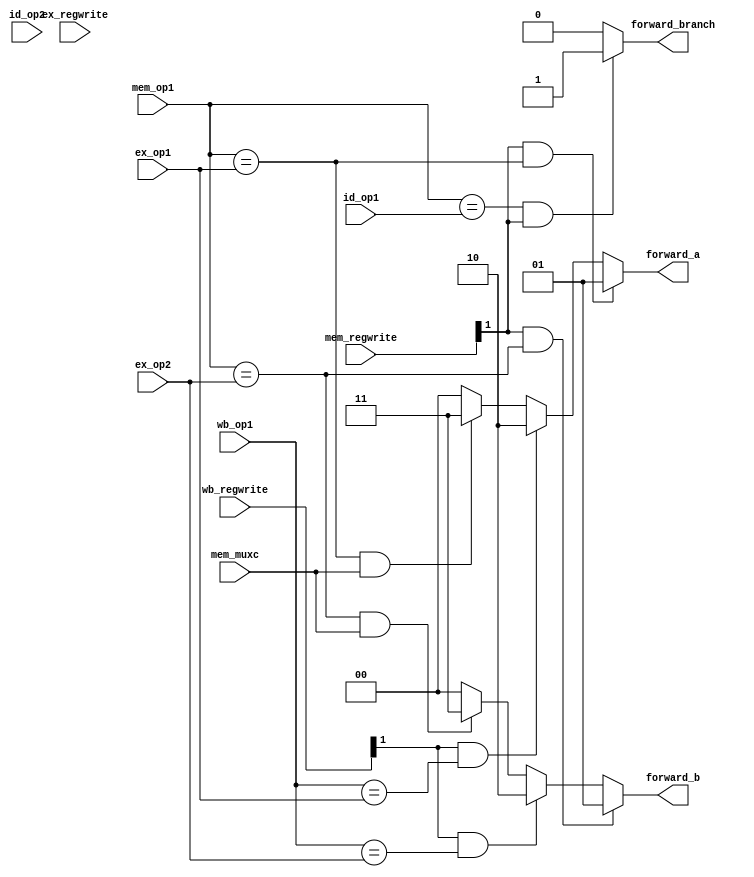
module forwarding_unit(
		input [1:0] ex_regwrite, mem_regwrite, wb_regwrite,
		input [3:0] id_op1, ex_op1, mem_op1, id_op2, ex_op2, wb_op1,
		input mem_muxc,
		output reg [1:0] forward_a, forward_b,
		output reg forward_branch
    );
    
    always @(*) begin 
		if ((mem_regwrite[1] == 1'b1) && (mem_op1 == ex_op1))
			forward_a <= 2'b01;
		else if ((wb_regwrite [1] == 1'b1) && (wb_op1 == ex_op1))
			forward_a <= 2'b10;
		else if ((mem_op1 == ex_op1) && (mem_muxc == 1))
			forward_a <= 2'b11;
		else
			forward_a <= 2'b00;
			
		if ((mem_regwrite[1] == 1'b1) && (mem_op1 == ex_op2))
			forward_b <= 2'b01;
		else if ((wb_regwrite [1] == 1'b1) && (wb_op1 == ex_op2))
			forward_b <= 2'b10;
		else if ((mem_op1 == ex_op2) && (mem_muxc == 1))
			forward_b <= 2'b11;
		else
			forward_b <= 2'b00;
			
		if ((mem_op1 == id_op1) && (mem_regwrite [1] == 1'b1))
			forward_branch <= 1'b1;
		else
			forward_branch <= 1'b0;
		/*	
		if ((mem_op1 == id_op1) && (mem_regwrite != 2'b11))	//what does this refer to
			forward_branch = 1'b1;
		else
			forward_branch = 1'b0;
		*/
    end 
endmodule